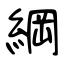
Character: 綱